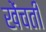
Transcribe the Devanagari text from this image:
खेंचती